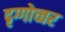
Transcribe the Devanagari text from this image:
दृग्गोच्चर